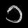
Digit: ၁